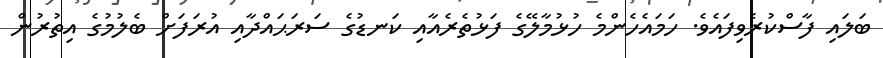
ބަލައި ފާސްކުރެވިފައެވެ. ހަމައެހެންމެ ހުޅުމާލޭގެ ފަޅުތެރެއާއި ކަނޑުގެ ސަރަޙައްދާއި އުރަފަށް ބެލުމުގެ އިތުރުން